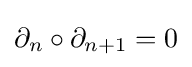
\partial _{n}\circ \partial _{n+1}=0